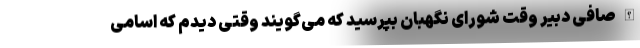
الله صافی دبیر وقت شورای نگهبان بپرسید که می‌‌گویند وقتی دیدم که اسامی